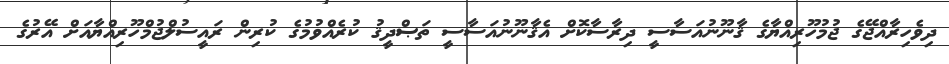
ދިވެހިރާއްޖޭގެ ޖުމުހޫރިއްޔާގެ ޤާނޫނުއަސާސީ ދިރާސާކޮށް އެޤާނޫނުއަސާސީ ތަޞްދީޤު ކުރެއްވުމުގެ ކުރިން ރައީސުލްޖުމްހޫރިއްޔާއަށް އޭރުގެ